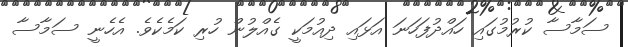
ސަމާސާ ކުރުމުގައި ހައްދުފަހަނަ އަޅައި ދިއުމަކީ ގެއްލުން ހުރި ކަމެކެވެ. އެހެނީ ސަމާސާ